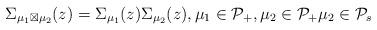
LaTeX: \begin{align*}\Sigma_{\mu_1 \boxtimes \mu_2}(z) = \Sigma_{\mu_1}(z) \Sigma_{\mu_2}(z), \mu_1 \in \mathcal{P}_+, \mu_2\in\mathcal{P}_+ \mu_2\in\mathcal{P}_s\end{align*}